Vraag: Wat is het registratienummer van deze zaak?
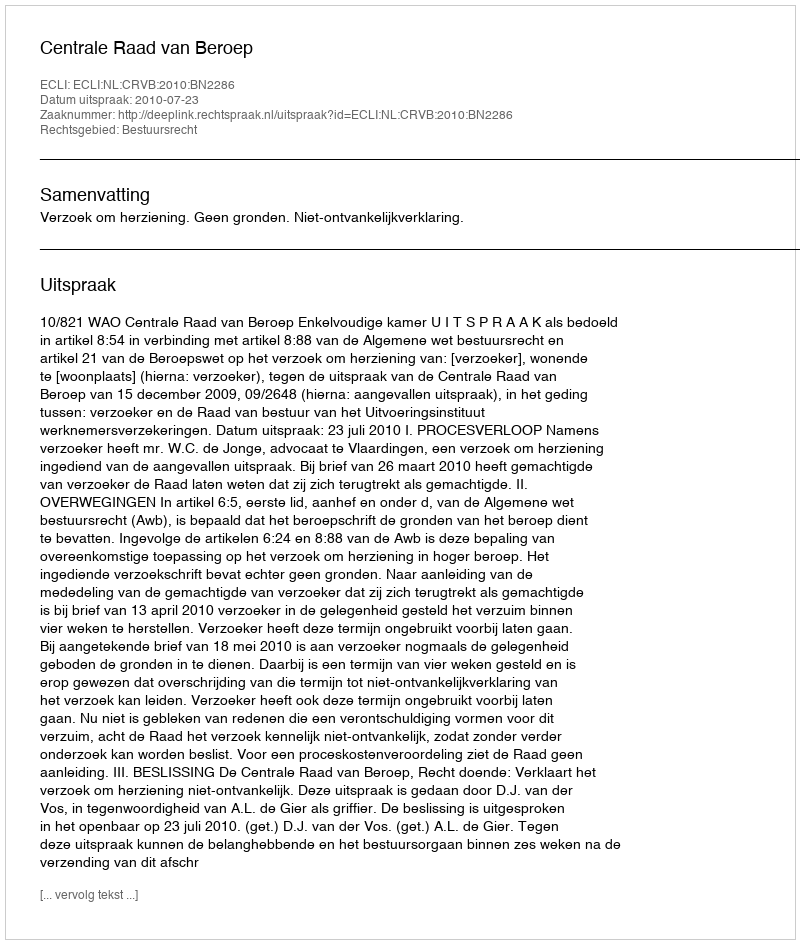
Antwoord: http://deeplink.rechtspraak.nl/uitspraak?id=ECLI:NL:CRVB:2010:BN2286